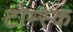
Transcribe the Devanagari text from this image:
टोम्स्क